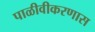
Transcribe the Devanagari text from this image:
पाळीवीकरणास